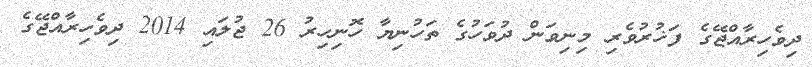
ދިވެހިރާއްޖޭގެ ފަޚުރުވެރި މިނިވަން ދުވަހުގެ ތަހުނިޔާ ހޮނިހިރު 26 ޖުލައި 2014 ދިވެހިރާއްޖޭގެ